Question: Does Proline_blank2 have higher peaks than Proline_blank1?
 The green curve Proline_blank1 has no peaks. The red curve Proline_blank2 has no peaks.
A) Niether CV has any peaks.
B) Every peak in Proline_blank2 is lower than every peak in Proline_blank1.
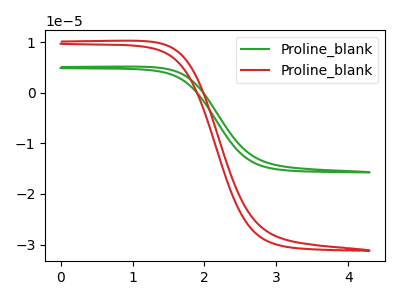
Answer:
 <answer>A) Niether CV has any peaks.</answer>
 <eval>A</eval>